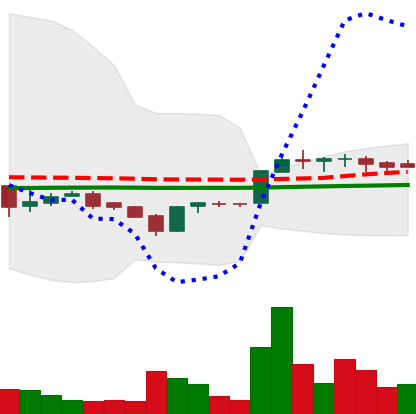
Ticker: LTC-USD
Chart end date: 2017-02-06
Forward return: -6.205%
Label: down_5_7